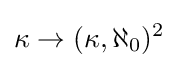
\displaystyle \kappa \rightarrow (\kappa ,\aleph _{0})^{2}